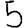
Digit: 5